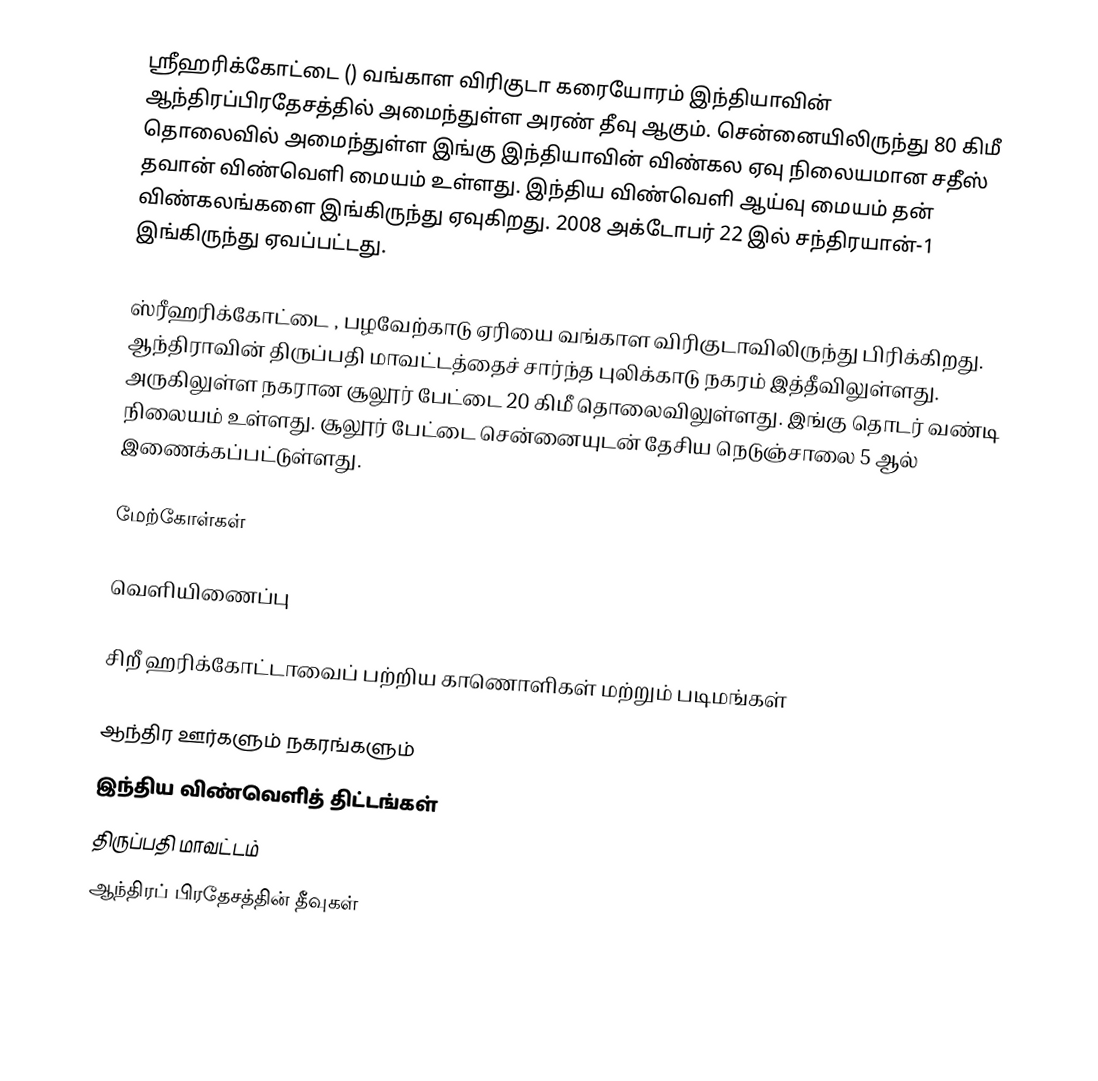
ஸ்ரீஹரிக்கோட்டை () வங்காள விரிகுடா கரையோரம் இந்தியாவின் ஆந்திரப்பிரதேசத்தில் அமைந்துள்ள அரண் தீவு ஆகும். சென்னையிலிருந்து 80 கிமீ தொலைவில் அமைந்துள்ள இங்கு இந்தியாவின் விண்கல ஏவு நிலையமான சதீஸ் தவான் விண்வெளி மையம் உள்ளது. இந்திய விண்வெளி ஆய்வு மையம் தன் விண்கலங்களை இங்கிருந்து ஏவுகிறது. 2008 அக்டோபர் 22 இல் சந்திரயான்-1 இங்கிருந்து ஏவப்பட்டது.

ஸ்ரீஹரிக்கோட்டை , பழவேற்காடு ஏரியை வங்காள விரிகுடாவிலிருந்து பிரிக்கிறது. ஆந்திராவின் திருப்பதி மாவட்டத்தைச் சார்ந்த புலிக்காடு நகரம் இத்தீவிலுள்ளது. அருகிலுள்ள நகரான சூலூர் பேட்டை 20 கிமீ தொலைவிலுள்ளது. இங்கு தொடர் வண்டி நிலையம் உள்ளது. சூலூர் பேட்டை சென்னையுடன் தேசிய நெடுஞ்சாலை 5 ஆல் இணைக்கப்பட்டுள்ளது.

மேற்கோள்கள்

வெளியிணைப்பு

சிறீ ஹரிக்கோட்டாவைப் பற்றிய காணொளிகள் மற்றும் படிமங்கள்

ஆந்திர ஊர்களும் நகரங்களும்
இந்திய விண்வெளித் திட்டங்கள்
திருப்பதி மாவட்டம்
ஆந்திரப் பிரதேசத்தின் தீவுகள்